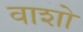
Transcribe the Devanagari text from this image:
वाशो